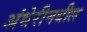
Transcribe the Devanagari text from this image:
अंधेरीमधील